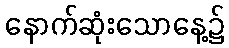
နောက်ဆုံးသောနေ့၌